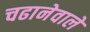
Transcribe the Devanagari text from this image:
चढानेवाले